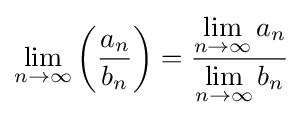
\lim _{n\to \infty }\left({\frac {a_{n}}{b_{n}}}\right)={\frac {\lim \limits _{n\to \infty }a_{n}}{\lim \limits _{n\to \infty }b_{n}}}